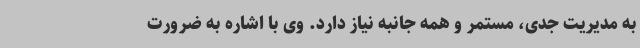
به مدیریت جدی، مستمر و همه جانبه نیاز دارد. وی با اشاره به ضرورت